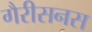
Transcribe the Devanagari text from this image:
गैरीसनस